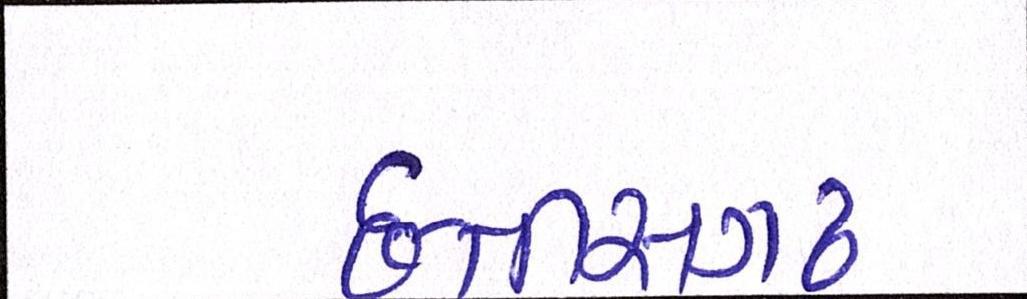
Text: છત્તીસગઢ